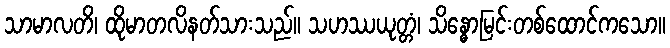
သာမာလတိ၊ ထိုမာတလိနတ်သားသည်။ သဟဿယုတ္တံ၊ သိန္ဓောမြင်းတစ်ထောင်ကသော။